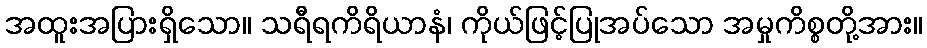
အထူးအပြားရှိသော။ သရီရကိရိယာနံ၊ ကိုယ်ဖြင့်ပြုအပ်သော အမှုကိစ္စတို့အား။